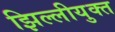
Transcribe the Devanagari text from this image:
झिल्लीयुक्त